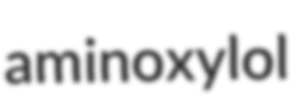
aminoxylol